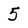
Character: 5